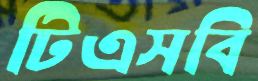
টিএসবি